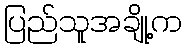
ပြည်သူအချို့က